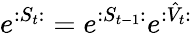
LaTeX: e^{:S_{t}:}=e^{:S_{t-1}:}e^{:\hat{V}_{t}:}